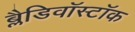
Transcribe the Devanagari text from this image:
ब्लैडिवॉस्टॉक